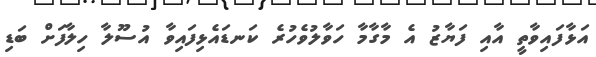
އަޅާފައިވާތީ އާއި ފަޔާޒު އެ މާގާމާ ހަވާލުވެހުރެ ކަނޑައެޅިފައިވާ އުސޫލާ ހިލާފަށް ބަޑި